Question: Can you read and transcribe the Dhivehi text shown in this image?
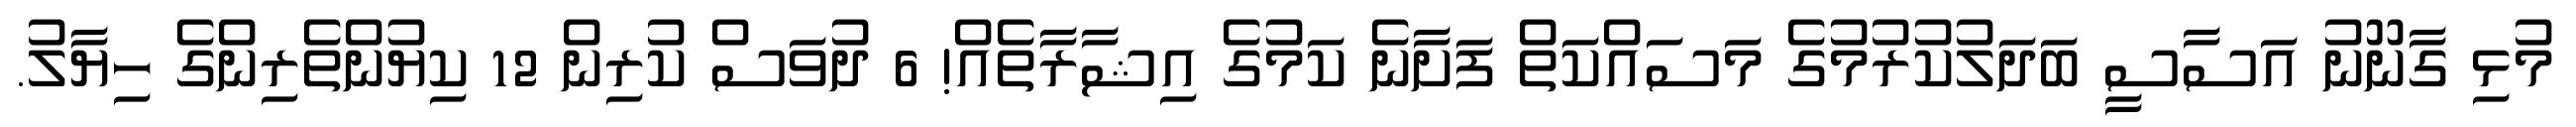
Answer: މުޅި ގާނޫނު އަސާސީ ބަދަލުކުރުމުގެ މަސައްކަތް ފަށާނެ ކަމުގެ އިޝާރާތެއް! 6 ދުވަސް ކުރިން 12 ކިޔުންތެރިންގެ ހިޔާލު.